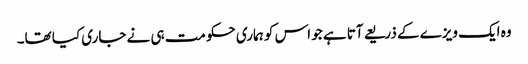
وہ ایک ویزے کے ذریعے آتا ہے جو اس کو ہماری حکومت ہی نے جاری کیا تھا۔